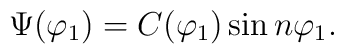
\Psi (\varphi _1)=C(\varphi _1) \sin n  \varphi _1.